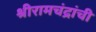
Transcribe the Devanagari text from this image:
श्रीरामचंद्रांची